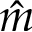
\hat { m }